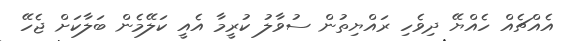
އެއްޗެއް ހެއްޔޭ ދިވެހި ރައްޔިތުން ސުވާލު ކުރީމާ އެއީ ކަލޭމެން ބަލާކަށް ޖެހޭ